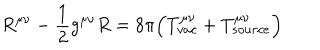
R ^ { \mu \nu } - \frac { 1 } { 2 } g ^ { \mu \nu } R = 8 \pi \Bigl ( T _ { v a c } ^ { \mu \nu } + T _ { s o u r c e } ^ { \mu \nu } \Bigr )